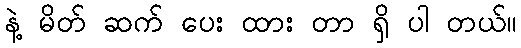
နဲ့ မိတ် ဆက် ပေး ထား တာ ရှိ ပါ တယ်။